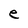
Character: e